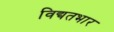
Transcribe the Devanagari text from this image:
विद्यतभार